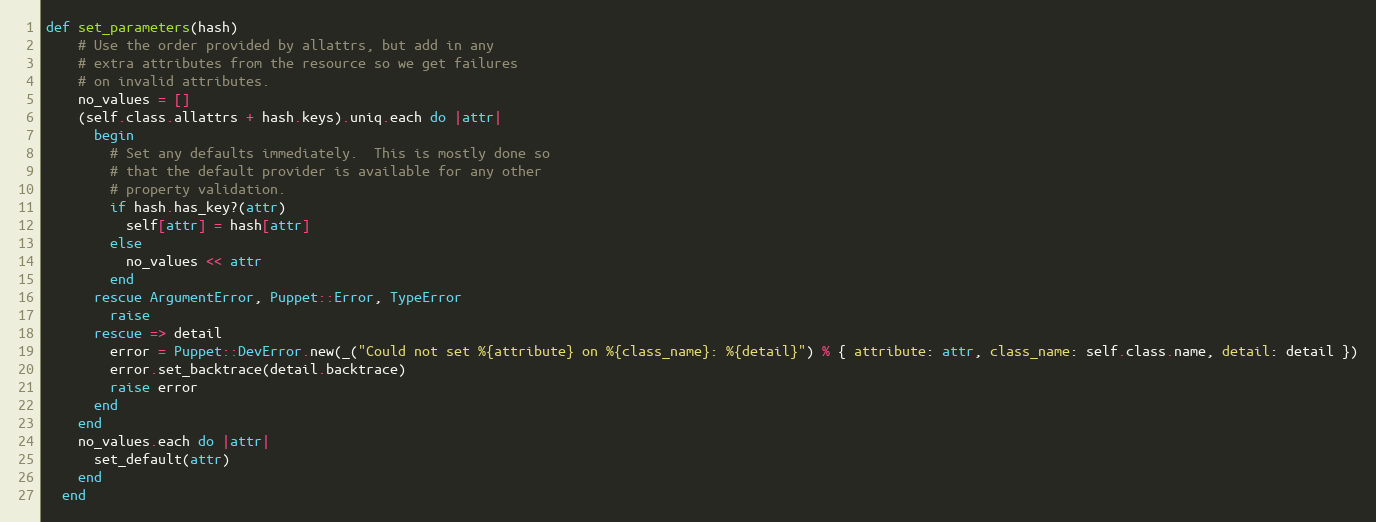
Language: Ruby
def set_parameters(hash)
    # Use the order provided by allattrs, but add in any
    # extra attributes from the resource so we get failures
    # on invalid attributes.
    no_values = []
    (self.class.allattrs + hash.keys).uniq.each do |attr|
      begin
        # Set any defaults immediately.  This is mostly done so
        # that the default provider is available for any other
        # property validation.
        if hash.has_key?(attr)
          self[attr] = hash[attr]
        else
          no_values << attr
        end
      rescue ArgumentError, Puppet::Error, TypeError
        raise
      rescue => detail
        error = Puppet::DevError.new(_("Could not set %{attribute} on %{class_name}: %{detail}") % { attribute: attr, class_name: self.class.name, detail: detail })
        error.set_backtrace(detail.backtrace)
        raise error
      end
    end
    no_values.each do |attr|
      set_default(attr)
    end
  end